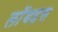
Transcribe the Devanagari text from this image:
लॉयडस